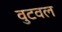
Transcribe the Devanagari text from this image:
वुटवल